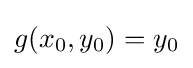
g(x_{0},y_{0})=y_{0}